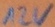
Text: 12V